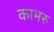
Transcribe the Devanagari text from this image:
कामरु